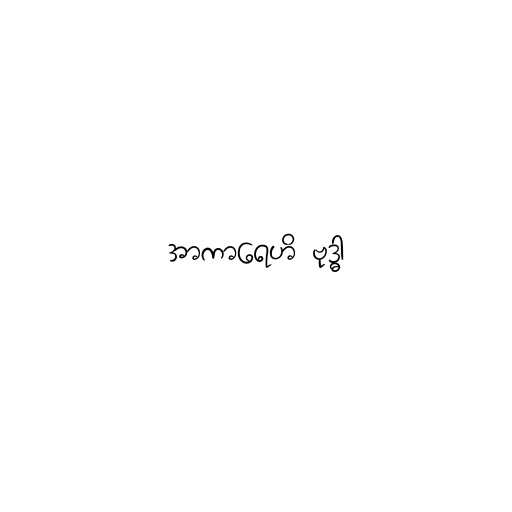
အာကာရေဟိ ဗုဒ္ဓါ